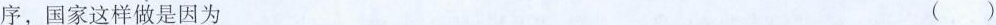
序，国家这样做是因为 （）